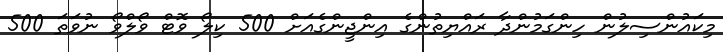
މިކައުންސިލުން ހިންގަމުންދާ ރައްޔިތުންގެ އިންޖީންގެއަށް 500 ކިލޯ ވޮޓް ވޯލްވޯ ނުވަތަ 500